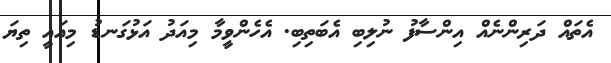
އެތައް ދަރިންނެއް އިންސާފު ނުލިބި އެބަތިބި. އެހެންވީމާ މިއަދު އަޅުގަނޑު މިއައީ ތިޔަ